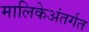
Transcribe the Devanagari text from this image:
मालिकेअंतर्गत